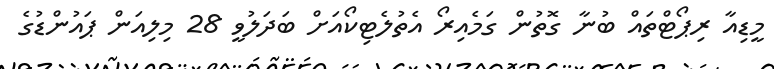
މީޑިއާ ރިޕޯޓްތައް ބުނާ ގޮތުން ގަމެއިރޯ އެތުލެޓިކޯއަށް ބަދަލުވީ 28 މިލިއަން ޕައުންޑުގެ